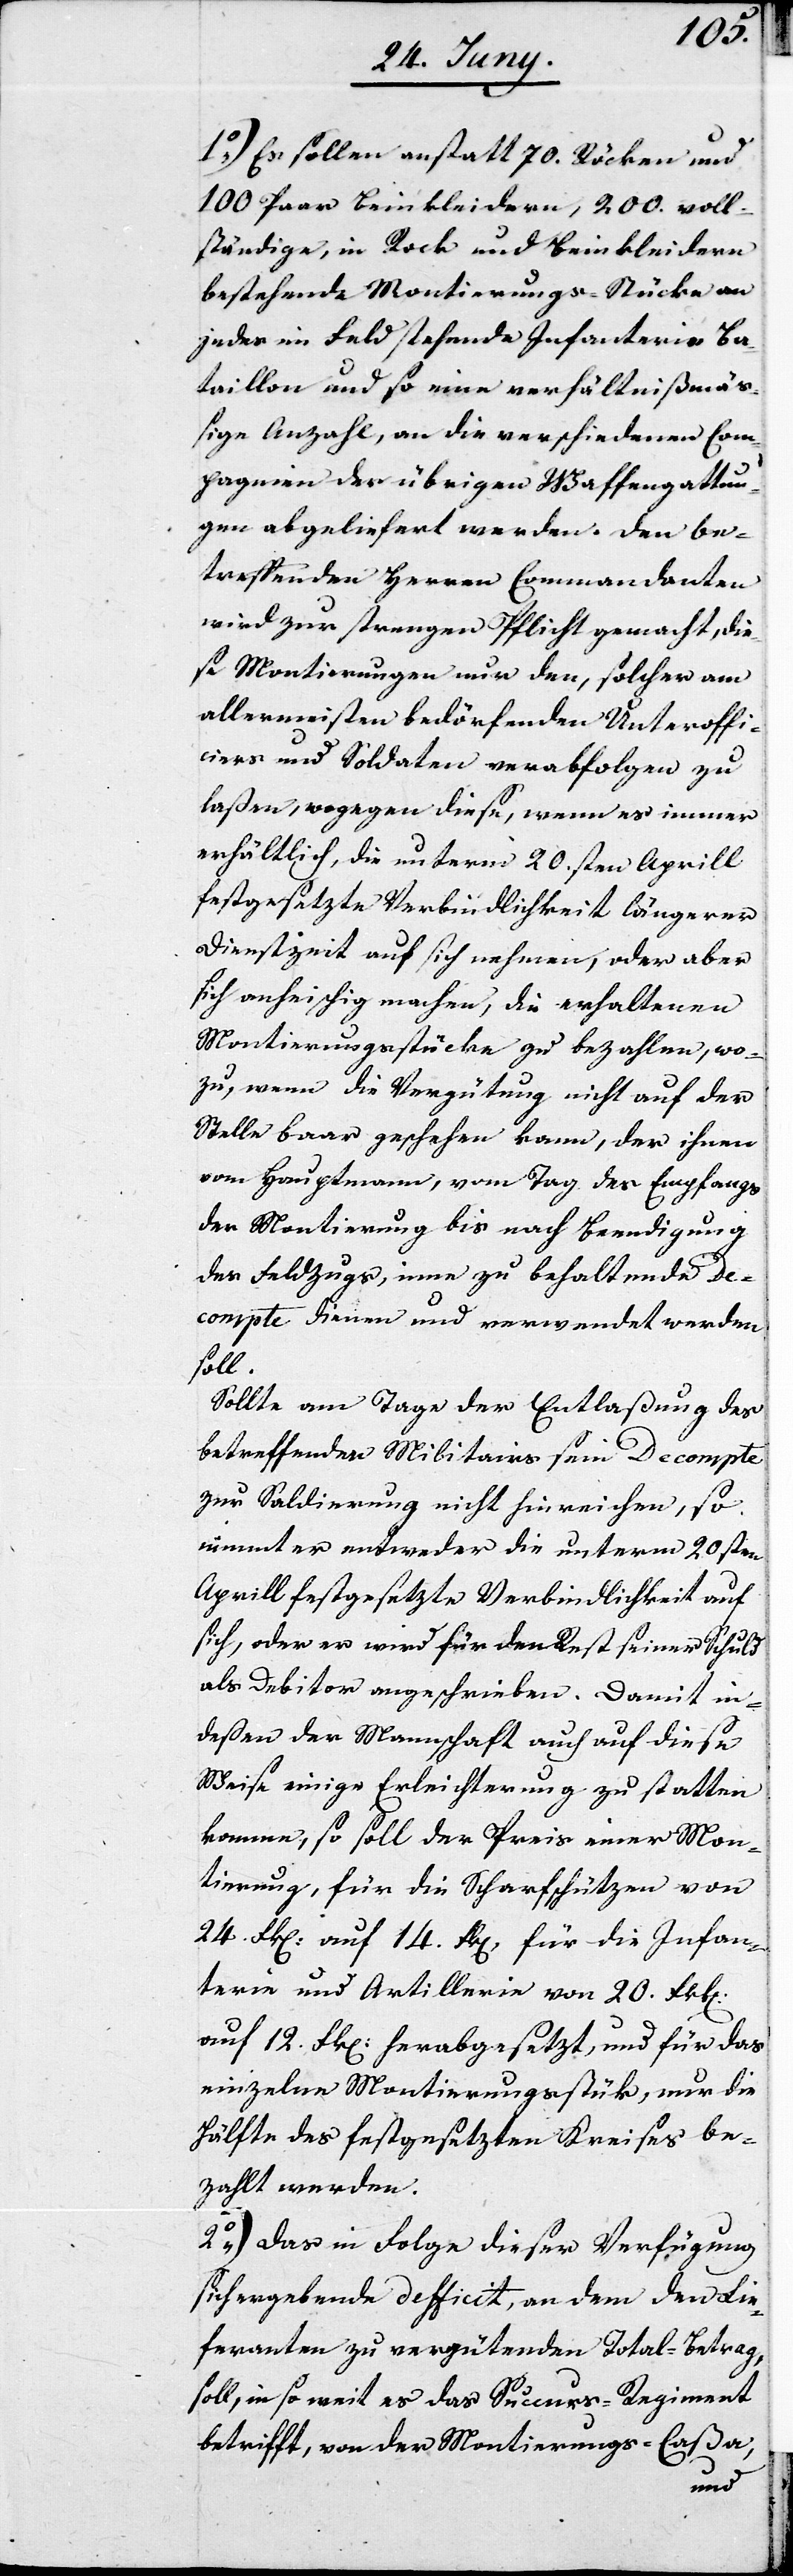
1o) Es sollen anstatt 70. Röcken und
100. Paar Beinkleider, 200. voll¬
ständige, in Rock und Beinkleidern
bestehende Montierungs-Stücke an
jedes im Feld stehende Infanterie Ba¬
taillon und so eine verhältnißmäß¬
ige Anzahl, an die verschiedenen Com¬
pagnien der übrigen Waffengattun¬
gen abgeliefert werden. Den be¬
wird zur strengen Pflicht gemacht, die¬
se Montierungen nur den, solcher am
allermeisten bedörfenden Unteroffi¬
ciers und Soldaten verabfolgen zu
laßen, wogegen diese, wenn es immer
erhältlich, die unterm 20.sten Aprill
festgesetzte Verbindlichkeit längerer
Dienstzeit auf sich nehmen, oder aber
sich anheischig machen, die erhaltenen
Montierungsstücke zu bezahlen, wo¬
zu, wenn die Vergütung nicht auf der
Stelle baar geschehen kann, der ihnen
vom Hauptmann, vom Tag des Empfangs
der Montierung bis nach Beendigung
des Feldzugs, eine zu behaltenden De¬
compte dienen und verwendet werden
soll.
Sollte am Tage der Entlaßung des
betreffenden Militairs sein Decompte
zur Saldierung nicht hinreichen, so
nimmt er entweder die unterm 20sten
Aprill festgesetzte Verbindlichkeit auf
sich, oder er wird für den Rest seiner Schuld
als Debitor angeschrieben. Damit in¬
deßen der Mannschaft auch auf diese
Weise einige Erleichterung zu statten
komme, so soll der Preis einer Mon¬
tierung, für die Scharfschützen von
24. Fk[en]. auf 14. Fk[en]., für die Infan¬
terie und Artillerie von 20. Frk[en].
auf 12. Fk[en]. herabgesetzt, und für das
einzelne Montierungsstück, nur die
Hälfte des festgesetzten Preises be¬
zahlt werden.
2o) Das in Folge dieser Verfügung
sich ergebende Defficit, an dem den Lie¬
feranten zu vergütenden Total-Betrag,
soll, in so weit es das Succurs-Regiment
betrifft, von der Monteriungs-Caßa,
nden